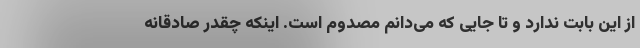
از این بابت ندارد و تا جایی که می‌دانم مصدوم است. اینکه چقدر صادقانه